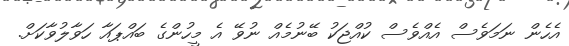
އެހެން ނަމަވެސް އެއްވެސް ކުއްޖަކު ބޭނުމެއް ނުވޭ އެ މީހުންގެ ބައްޕައާ ހަވާލުވާކަށް.